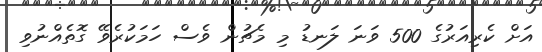
އަށް ކެރިއަރުގެ 500 ވަނަ ލަނޑު މި މެޗުން ވެސް ހަމަކުރެވޭ ގޮތެއްނުވި